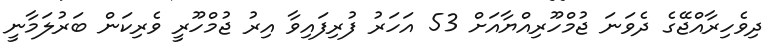
ދިވެހިރާއްޖޭގެ ދެވަނަ ޖުމްހޫރިއްޔާއަށް 53 އަހަރު ފުރިފައިވާ އިރު ޖުމްހޫރީ ވެރިކަން ބަރުލަމާނީ